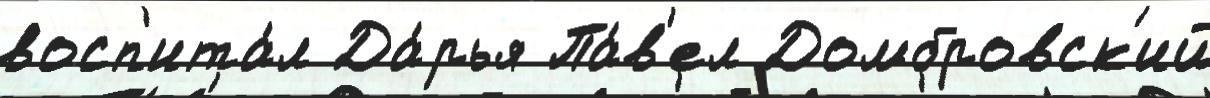
восп'ита́л Да́рья Па́в'ел Домбровск'ий